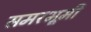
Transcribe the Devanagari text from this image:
समरभूमी